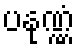
ပနုဏ္ဏံ